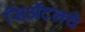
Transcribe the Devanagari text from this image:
सिॲटलचे